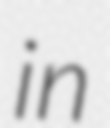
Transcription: in